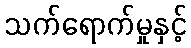
သက်ရောက်မှုနှင့်